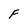
Character: F